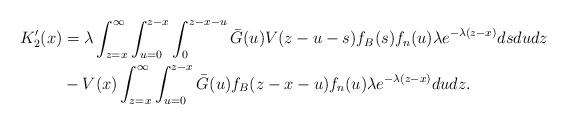
LaTeX: \begin{align*}K_{2}'(x) &= \lambda\int_{z=x}^{\infty}\int_{u=0}^{z-x}\int_{0}^{z-x-u}\bar{G}(u)V(z-u-s)f_{B}(s)f_n(u)\lambda e^{-\lambda(z-x)} ds du dz\\ & - V(x)\int_{z=x}^{\infty}\int_{u=0}^{z-x}\bar{G}(u)f_{B}(z-x-u)f_n(u)\lambda e^{-\lambda(z-x)} du dz.\end{align*}